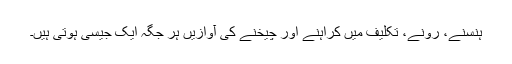
ہنسنے، رونے، تکلیف میں کراہنے اور چیخنے کی آوازیں ہر جگہ ایک جیسی ہوتی ہیں۔